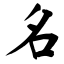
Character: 名